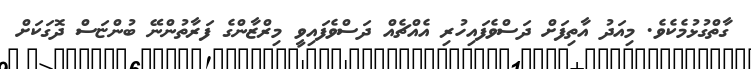
ގާތްގުޅުމެކެވެ. މިއަދު އާތިފަށް ދަސްވެފައިހުރި އެއްޗެއް ދަސްވެފައިވީ މިރްޒާންގެ ފަރާތުންނޭ ބުންޏަސް ދޮގަކަށް